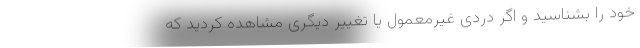
خود را بشناسید و اگر دردی غیرمعمول یا تغییر دیگری مشاهده كردید كه